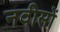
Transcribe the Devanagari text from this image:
नवीसों